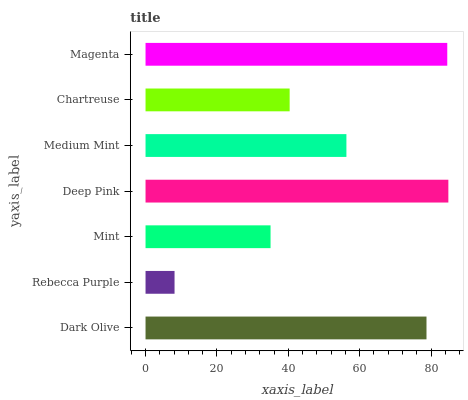
| yaxis_label | bars |
 | --- | --- |
 | Dark Olive | 78.7 |
 | Rebecca Purple | 8.13 |
 | Mint | 35 |
 | Deep Pink | 84.8 |
 | Medium Mint | 56.3 |
 | Chartreuse | 40.4 |
 | Magenta | 84.5 |